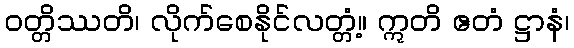
ဝတ္တိဿတိ၊ လိုက်စေနိုင်လတ္တံ့။ ဣတိ ဧတံ ဋ္ဌာနံ၊